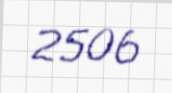
2506